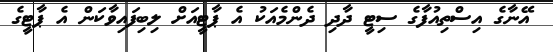
އޭނާގެ އިސްތިއުފާގެ ސިޓީ ދާދި ދެންމެއަކު އެ ޕާޓީއަށް ލިބިފައިވާކަން އެ ޕާޓީގެ